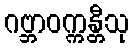
ဂဗ္ဘာဝက္ကန္တီသု